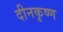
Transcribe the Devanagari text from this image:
दीनकृष्ण